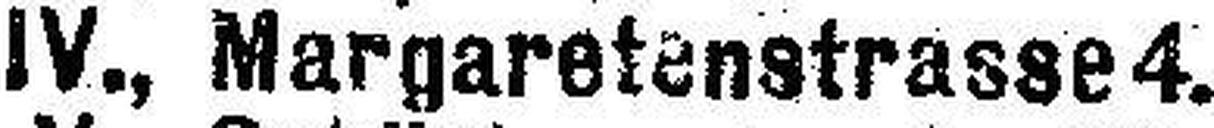
IV., Margaretenstrasse 4.